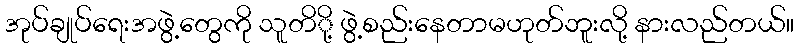
အုပ်ချုပ်ရေးအဖွဲ့တွေကို သူတိို့ ဖွဲ့စည်းနေတာမဟုတ်ဘူးလို့ နားလည်တယ်။